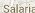
salaria